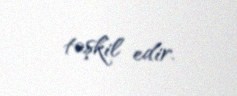
təşkil edir.